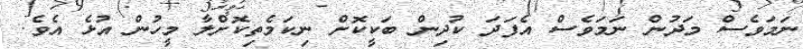
ނަމަވެސް މަދުން ނަމަވެސް އެފަދަ ކުދިން ބަކީކޮށް ނިކަމެތިކޮށްލާ މީހުން އުޅެ އެވެ.